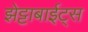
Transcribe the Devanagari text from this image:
झेट्टाबाईट्स